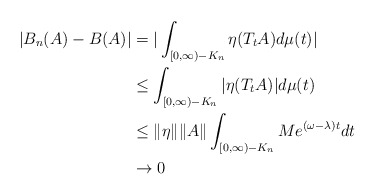
\begin{align*}|B_n(A)-B(A)| & = | \int_{[0, \infty)-K_n} \eta (T_tA) d \mu (t)|\\ & \leq \int_{[0, \infty)-K_n} | \eta (T_tA)| d \mu (t)\\ & \leq \| \eta \| \| A \| \int_{[0, \infty)-K_n} Me^{( \omega - \lambda)t}dt\\ & \rightarrow 0\end{align*}